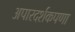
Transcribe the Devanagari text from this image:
अपारदर्शकपणा